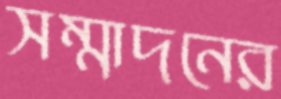
সম্মাদনের